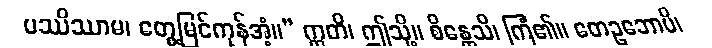
ပဿိဿာမ၊ တွေ့မြင်ကုန်အံ့။” ဣတိ၊ ဤသို့။ စိန္တေသိ၊ ကြံ၏။ တေဥဘောပိ၊